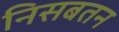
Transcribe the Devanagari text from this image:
निसबतन